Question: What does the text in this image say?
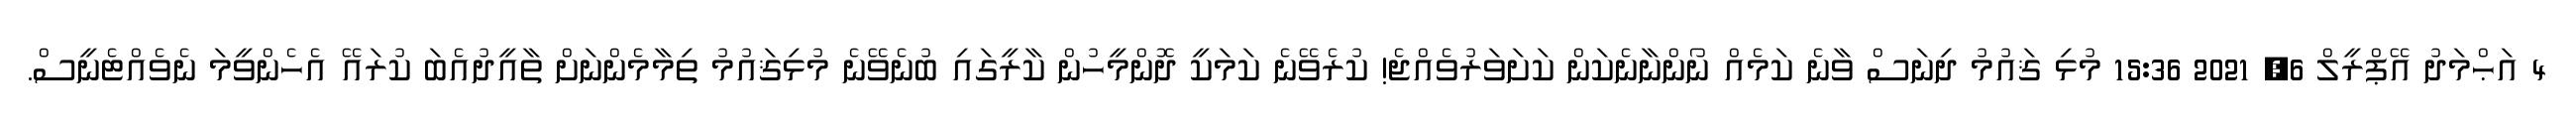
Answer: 4 އަޙްމަދު އޭޕްރީލް 6, 2021 15:36 މުޅި ޤައުމު ދިނަސް ވާނެ ކަމެއް ނޯންނާނެކަން ކަށަވަރުވެއްޖެ! ކުރެވޭނެ ކަމަކީ ދޮންމީހުން ކާރީގައި ބުނެވޭނެ މުޅިޤައުމު ތިމާމެންނަށް ތާއީދުއެބަ ކުރައޭ އެހެންވީމަ ނެވެއްޓެނީސް.